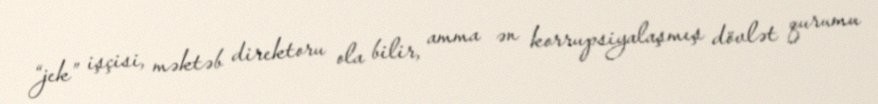
“jek” işçisi, məktəb direktoru ola bilir, amma ən korrupsiyalaşmış dövlət qurumu